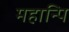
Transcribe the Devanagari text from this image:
महान्पि